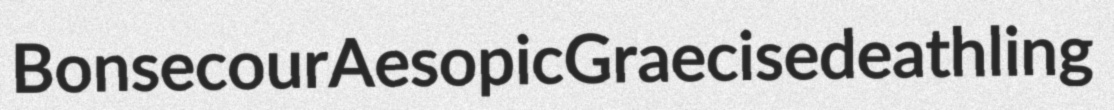
Bonsecour Aesopic Graecise deathling